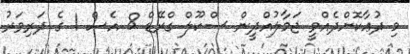
މި ދުޢާކޮށްދެއްވީ ޖަމާލުއްދީން ސްކޫލް ގްރޭޑް 8 އެސް 1 ގެ ދަރިވަރު